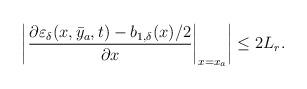
LaTeX: \begin{align*}\left|\left.\dfrac{\partial\varepsilon_\delta(x,\bar{y}_a,t)-b_{1,\delta}(x)/2}{\partial x}\right|_{x = x_a}\right| \le 2 L_r .\end{align*}